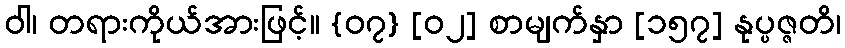
ဝါ၊ တရားကိုယ်အားဖြင့်။ {၀၇} [၀၂] စာမျက်နှာ [၁၅၇] နုပ္ပဇ္ဇတိ၊